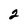
Character: 2